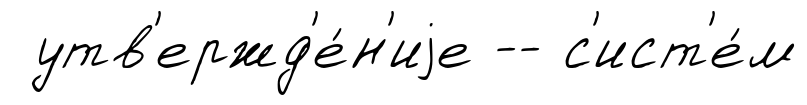
утв'ержд'е́н'иjе -- с'ист'е́м